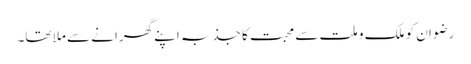
رضوان کو ملک و ملت سے محبت کا جذبہ اپنے گھرانے سے ملا تھا۔